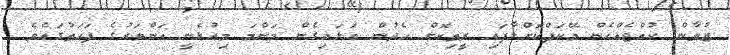
ޒުވާން ކުއްޖެއްހެން މޭކަޕްކޮށްލާފައި ރީތިކޮށް ހެދުން އަޅައިގެން މަންމަ މިއުޅެނީ އަންވަރުގެ ފަހަތުގައެވެ.